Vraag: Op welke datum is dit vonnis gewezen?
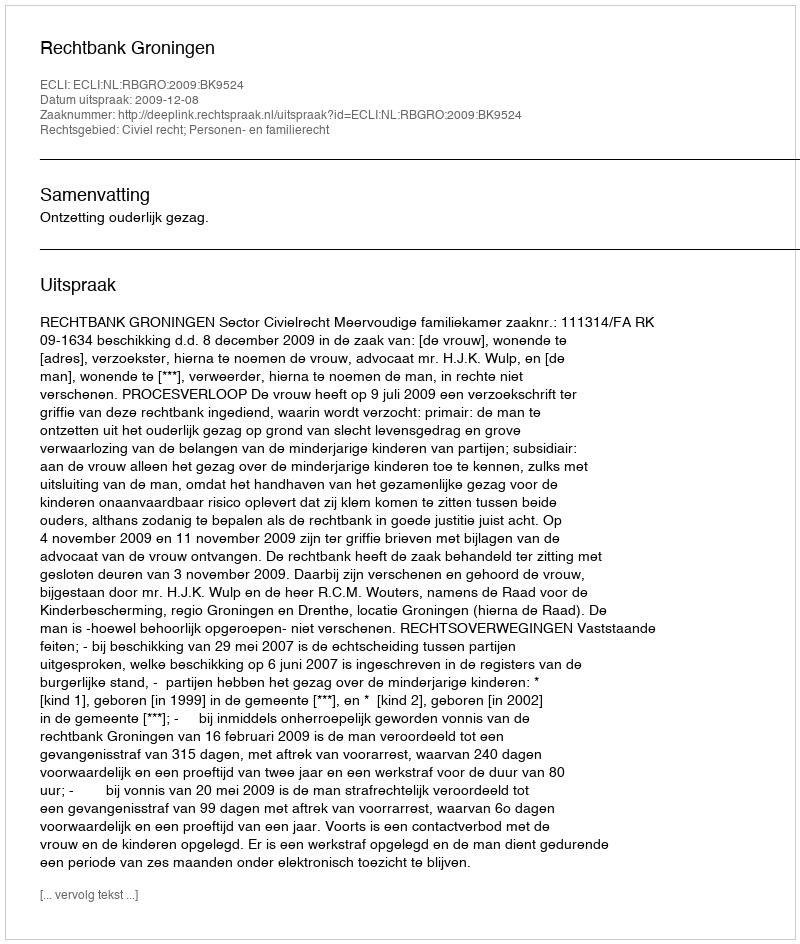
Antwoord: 2009-12-08